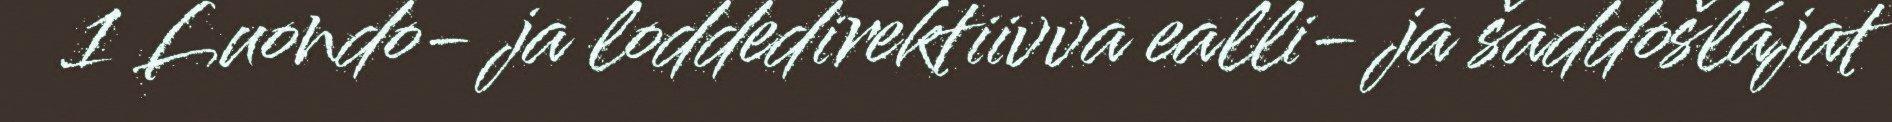
1 Luondo- ja loddedirektiivva ealli- ja šaddošlájat